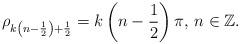
LaTeX: \begin{align*}\rho_{k\left(n-\frac{1}{2}\right)+\frac{1}{2}}=k\left(n-\frac{1}{2}\right)\pi, \, n\in\mathbb{Z}.\end{align*}